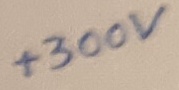
Text: +300V